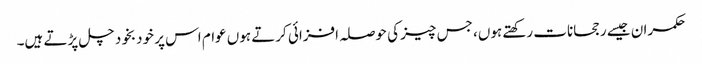
حکمران جیسے رجحانات رکھتے ہوں، جس چیز کی حوصلہ افزائی کرتے ہوں عوام اس پر خودبخود چل پڑتے ہیں۔